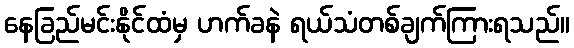
နေခြည်မင်းနိုင်ထံမှ ဟက်ခနဲ ရယ်သံတစ်ချက်ကြားရသည်။